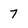
Character: 7